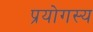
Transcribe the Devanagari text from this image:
प्रयोगस्य